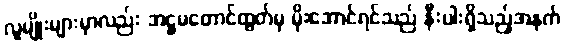
လူမျိုးများမှာလည်း အဋ္ဌမတောင်ထွတ်မှ မိုးအောင်ရင်သည် နီးပါးရှိသည့်အနက်